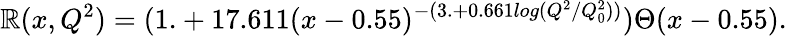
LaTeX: \mathbb{R}(x,Q^{2})=(1.+17.611(x-0.55)^{-(3.+0.661log(Q^{2}/Q_{0}^{2}))})\Theta(x-0.55).